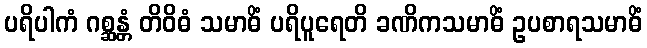
ပရိပါကံ ဂစ္ဆန္တံ တိဝိဓံ သမာဓိံ ပရိပူရေတိ ခဏိကသမာဓိံ ဥပစာရသမာဓိံ